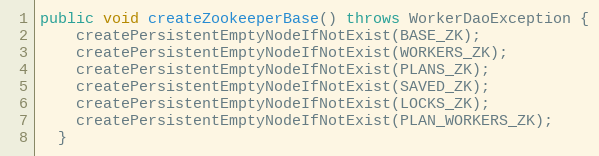
Language: Java
public void createZookeeperBase() throws WorkerDaoException {
    createPersistentEmptyNodeIfNotExist(BASE_ZK);
    createPersistentEmptyNodeIfNotExist(WORKERS_ZK);
    createPersistentEmptyNodeIfNotExist(PLANS_ZK);
    createPersistentEmptyNodeIfNotExist(SAVED_ZK);
    createPersistentEmptyNodeIfNotExist(LOCKS_ZK);
    createPersistentEmptyNodeIfNotExist(PLAN_WORKERS_ZK);
  }